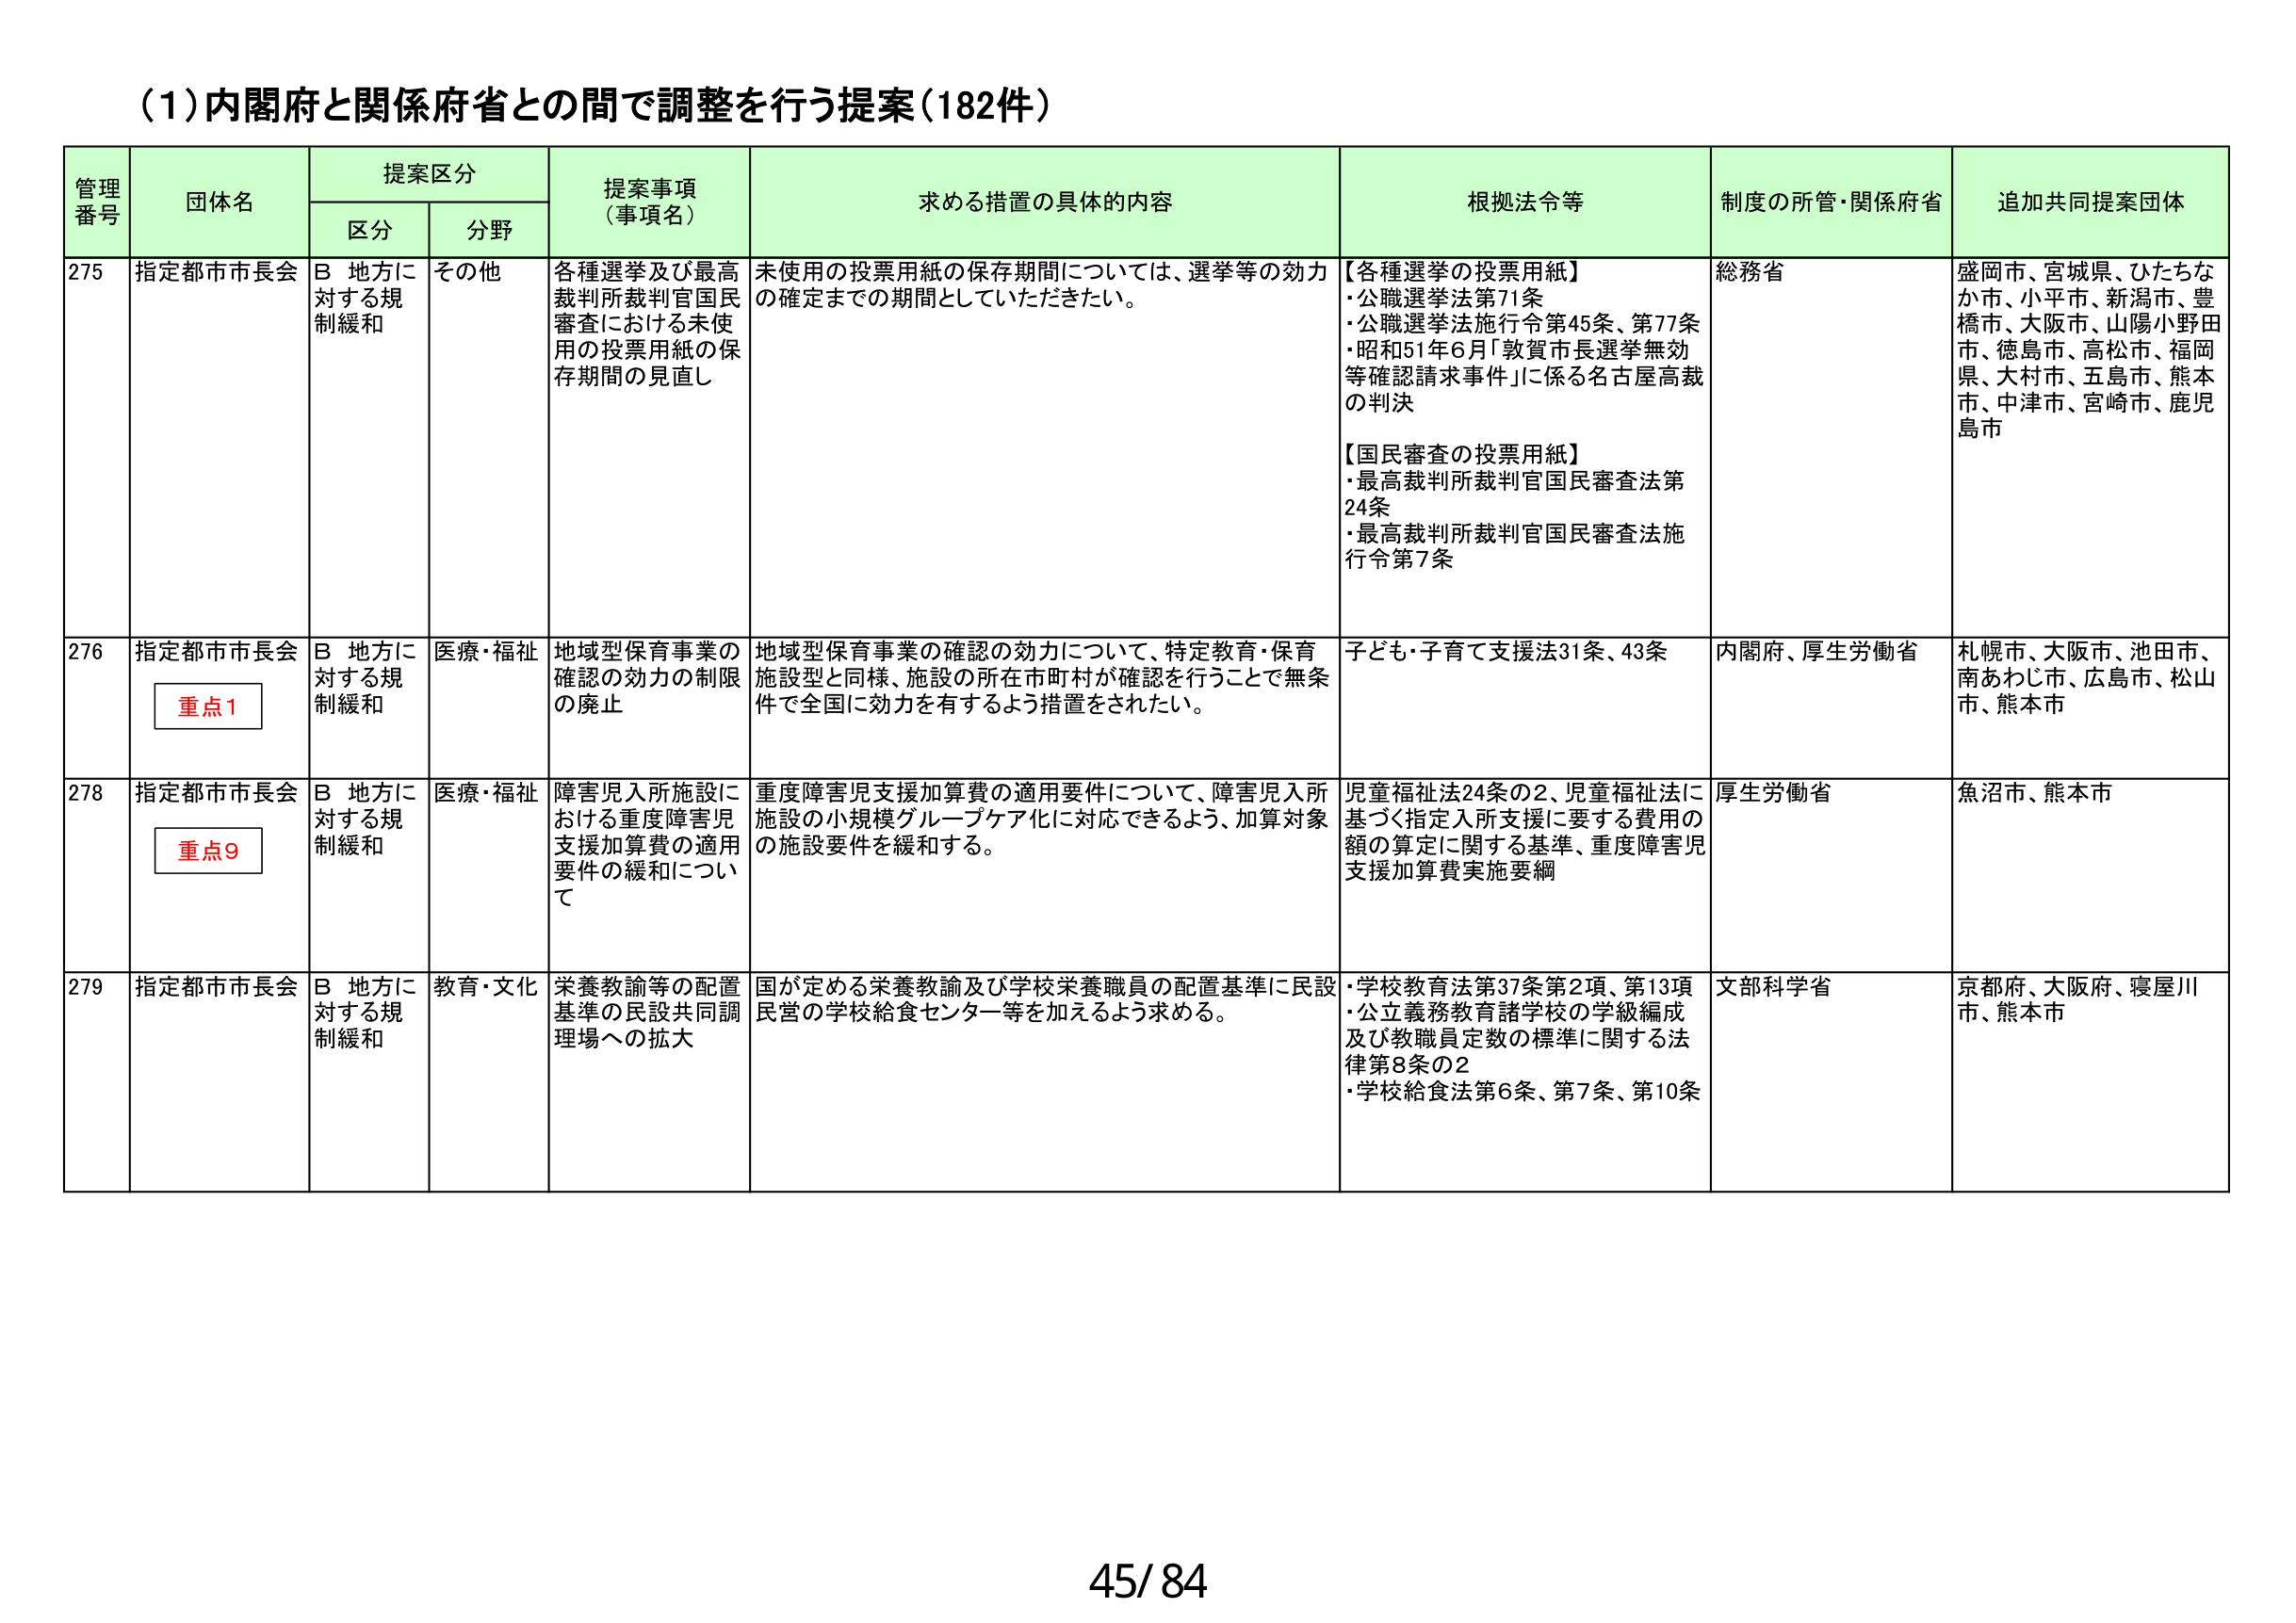
(1)内閣府と関係府省との間で調整を行う提案（182件）

管理番号	団体名	提案区分	提案事項（事項名）	求める措置の具体的内容	根拠法令等	制度の所管・関係府省	追加共同提案団体
		区分	分野
275	指定都市市長会	B 地方に対する規制緩和	その他	各種選挙及び最高裁判所裁判官国民審査における未使用の投票用紙の保存期間の見直し	未使用の投票用紙の保存期間については、選挙等の効力の確定までの期間としていただきたい。	【各種選挙の投票用紙】
・公職選挙法第71条
・公職選挙法施行令第45条、第77条
・昭和51年6月「敦賀市長選挙無効等確認請求事件」に係る名古屋高裁の判決
【国民審査の投票用紙】
・最高裁判所裁判官国民審査法第24条
・最高裁判所裁判官国民審査法施行令第7条	総務省	盛岡市、宮城県、ひたちなか市、小平市、新潟市、豊橋市、大阪市、山陽小野田市、徳島市、高松市、福岡県、大村市、五島市、熊本市、中津市、宮崎市、鹿児島市
276	指定都市市長会	重点1	B 地方に対する規制緩和	医療・福祉	地域型保育事業の確認の効力の制限の廃止	地域型保育事業の確認の効力について、特定教育・保育施設型と同様、施設の所在市町村が確認を行うことで無条件で全国に効力を有するよう措置をされたい。	子ども・子育て支援法31条、43条	内閣府、厚生労働省	札幌市、大阪市、池田市、南あわじ市、広島市、松山市、熊本市
278	指定都市市長会	重点9	B 地方に対する規制緩和	医療・福祉	障害児入所施設における重度障害児支援加算費の適用要件の緩和について	重度障害児支援加算費の適用要件について、障害児入所施設の小規模グループケア化に対応できるよう、加算対象の施設要件を緩和する。	児童福祉法24条の2、児童福祉法に基づく指定入所支援に要する費用の額の算定に関する基準、重度障害児支援加算費実施要綱	厚生労働省	魚沼市、熊本市
279	指定都市市長会	B 地方に対する規制緩和	教育・文化	栄養教諭等の配置基準の民設共同調理場への拡大	国が定める栄養教諭及び学校栄養職員の配置基準に民設民営の学校給食センター等を加えるよう求める。	・学校教育法第37条第2項、第13項
・公立義務教育諸学校の学級編成及び教職員定数の標準に関する法律第8条の2
・学校給食法第6条、第7条、第10条	文部科学省	京都府、大阪府、寝屋川市、熊本市

45/84